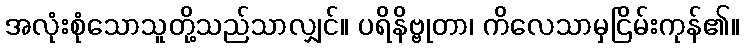
အလုံးစုံသောသူတို့သည်သာလျှင်။ ပရိနိဗ္ဗုတာ၊ ကိလေသာမှငြိမ်းကုန်၏။